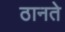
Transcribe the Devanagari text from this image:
ठानते